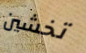
تخشين